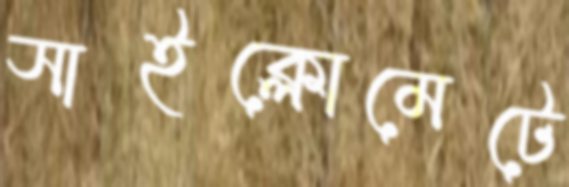
সাইক্লোমেটে